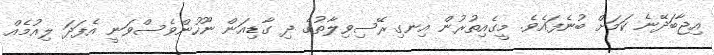
އިޖާބަދޭނެ ކަމަށް ބުނެފައެވެ. މީގެއިތުރުން އިނގިރޭސިވިލާތުގެ ދި ގާޑިއަން ނޫހުންވެސްވަނީ އެފަދަ ލިއުމެއް